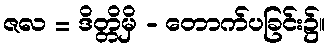
ဇလ = ဒိတ္တိမှိ - တောက်ပခြင်း၌။